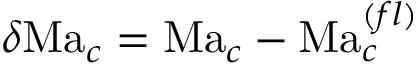
\delta \mathrm { M a } _ { c } = \mathrm { M a } _ { c } - \mathrm { M a } _ { c } ^ { ( f l ) }